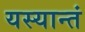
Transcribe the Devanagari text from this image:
यस्यान्तं